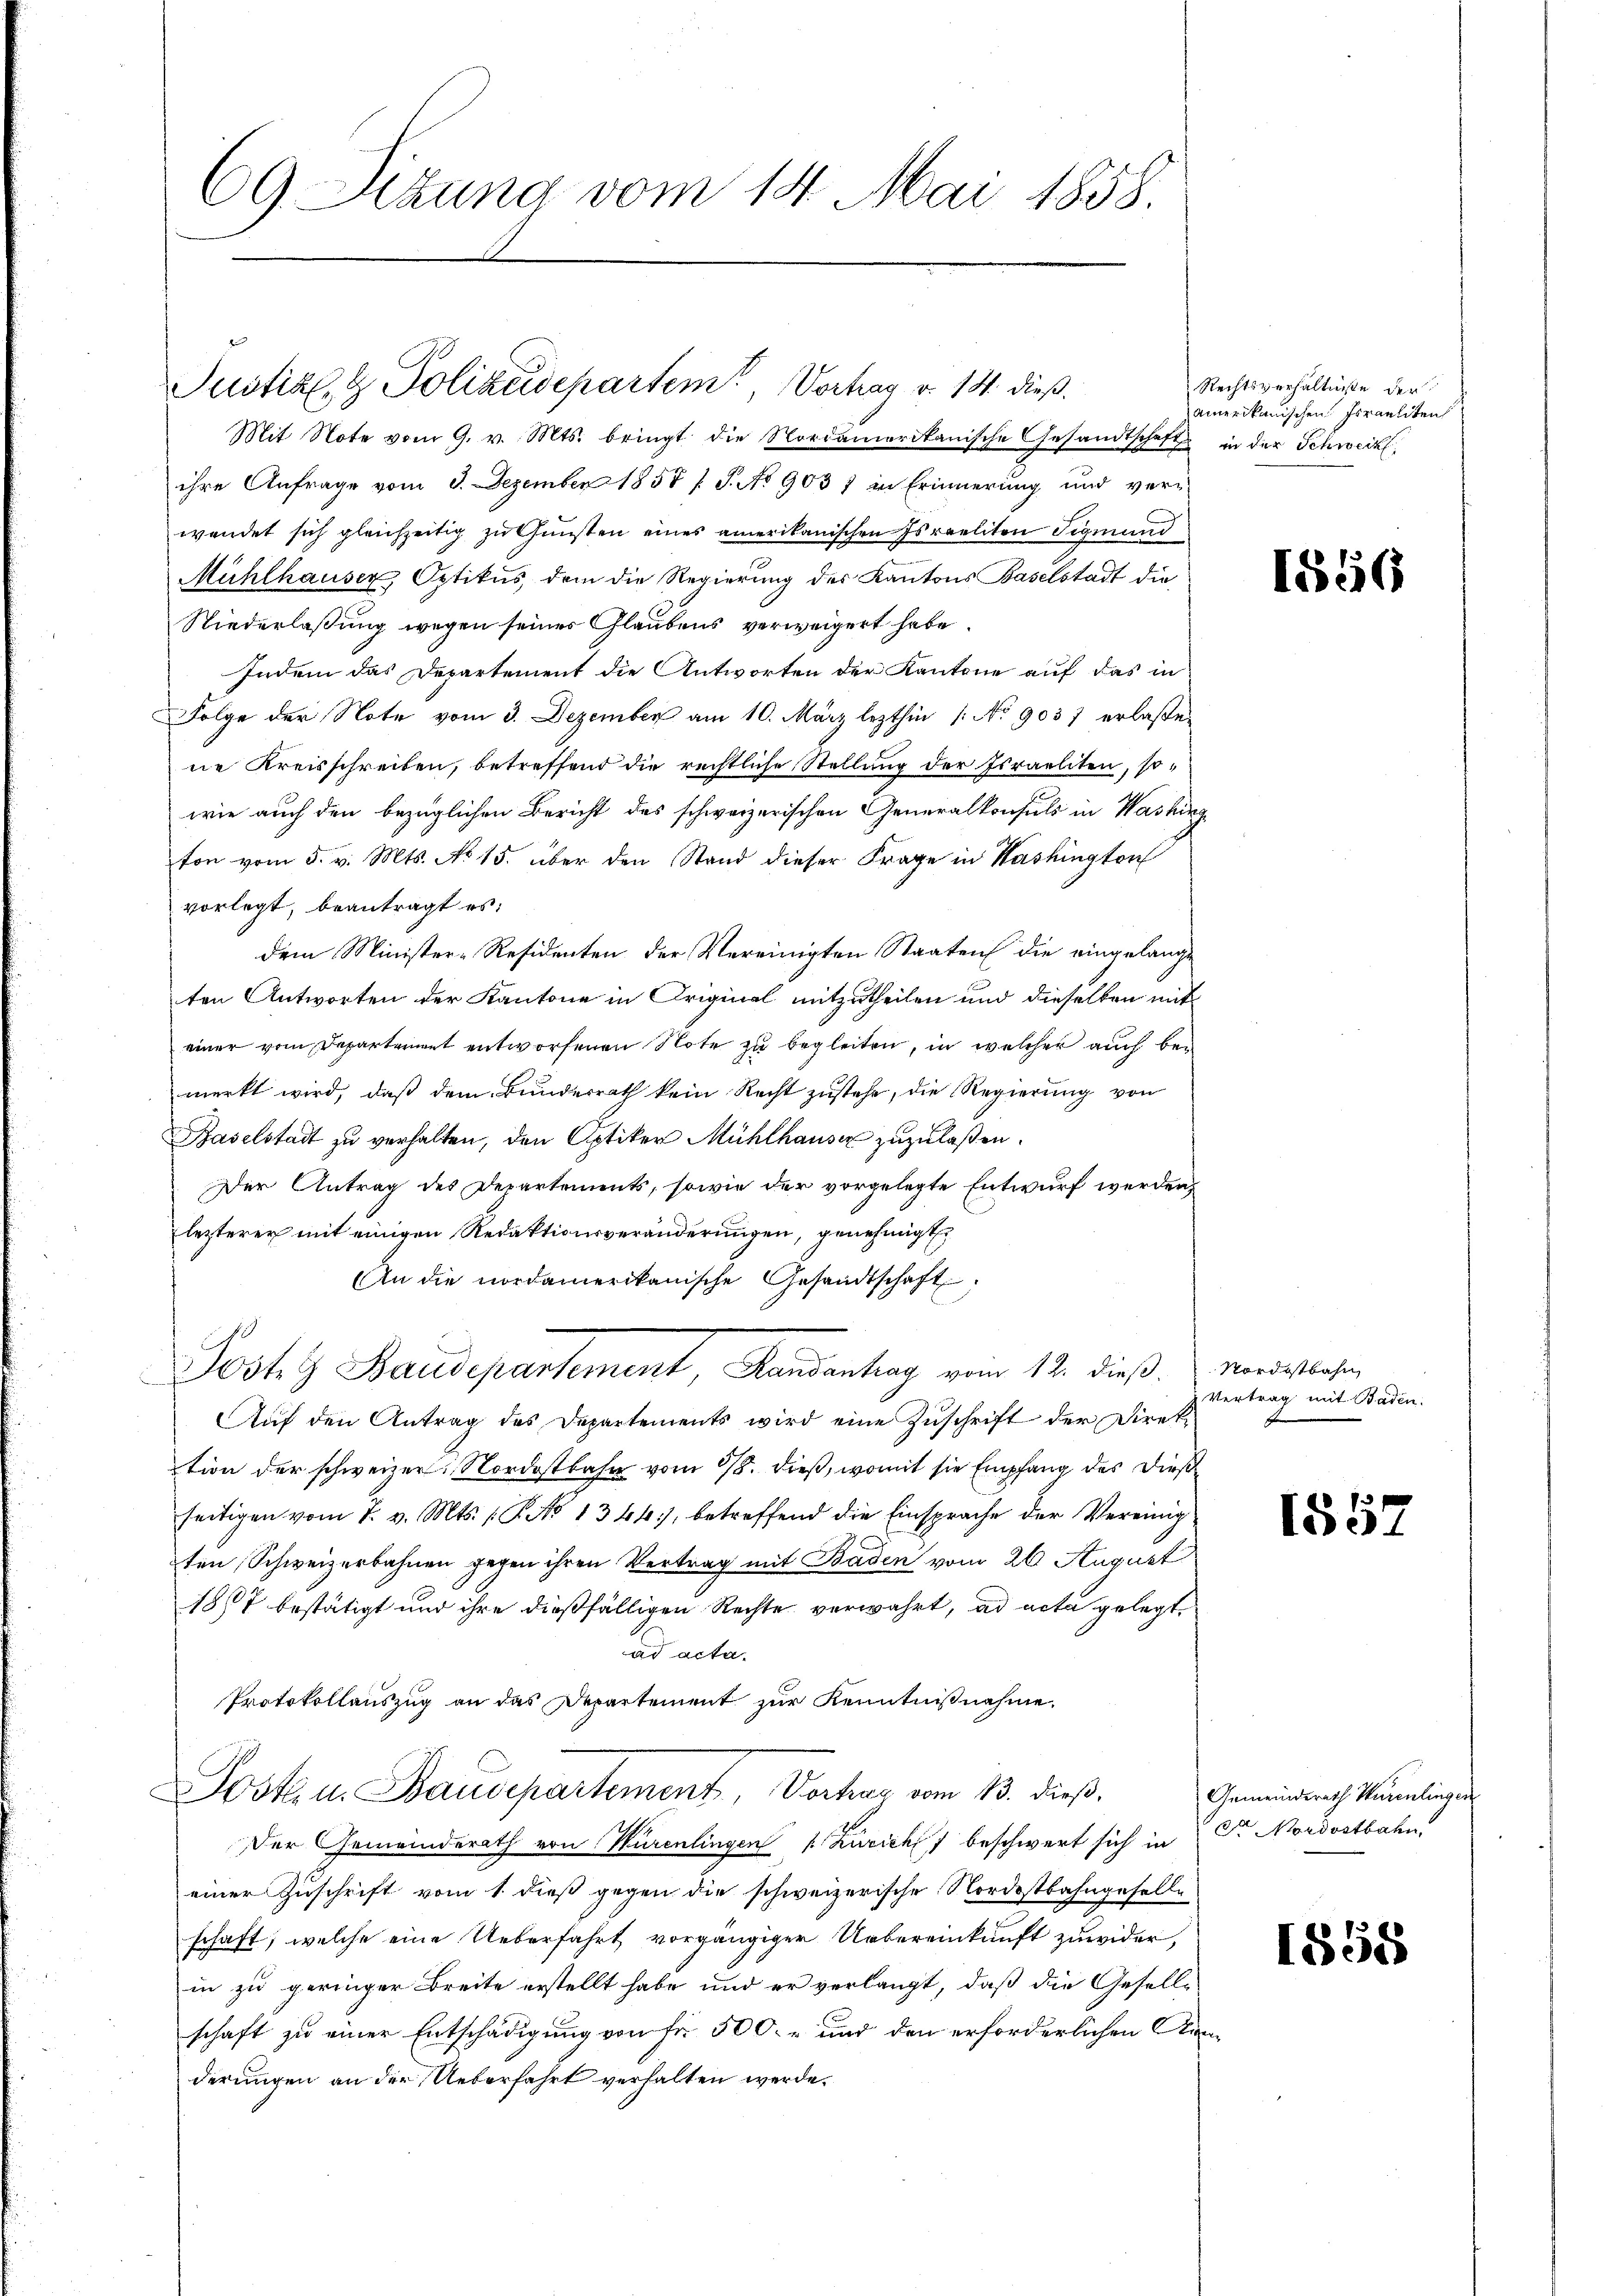
69 Sizung vom 14. Mai 1858.

Justiz- & Polizeidepartem Vortrag v. 14. dieß¬

Mit Note vom 9. v. Mts. bringt die Nordamerikanische Gesandtschaft in der Schweik
ihre Anfrage vom 3. Dezember 1857 s. S. No 9037 in Erinnerung und ver-
wendet sich gleichzeitig zu Gunsten eines amerikanischen Israeliten Sigmund
Mühlhauser, Optikus, dem die Regierung des Kantons Baselstadt die
Niederlaßung wegen seines Glaubens verweigert habe.
Indem das Departement die Antworten der Kantone auf das in
Folge der Note vom 3. Dezember am 10. März lezthin 1 No 9057 erlaße
ne Kreisschreiben, betreffend die rechtliche Stellung der Israeliten, sowie auch den bezüglichen Bericht des schweizerischen Generalkonsuls in Washing
ton vom 5. v. Mts. No 15. über den Stand dieser Frage in Washington
vorlegt, beantragt es:
dem Minister-Residenten der Vereinigten Staaten die eingelange
ten Antworten der Kantone in Original mitzutheilen und dieselben mit
einer vom Departeriert entworfenen Note zu begleiten, in welcher auch bei
merkt wird, daß dem Bundesrath kein Recht zŭstehe, die Regierŭng von
Baselstadt zu verhalten, den Optiker Mühlhauser zuzulaßen.
Der Antrag des Departements, sowie der vorgelegte Entwurf werden,
lezterer mit einigen Redaktionsveränderungen, genehmigt
An die nordamerikanische Gesandtschaft,
Posten Baudepartement, Handenhag vom 12. dieβ.  Nordostbahn
Auf den Antrag des Departements wird eine Zuschrift der Direktion der schweizer. Nordostbahn vom 18. dieß, womit sie Empfang des Dieß
seitigen vom 7. v. Mts. (T. No 1344), betreffend die Einsprache der Vereinig
ten Schweizerbahnen gegen ihren Vertrag mit Baden vom 26. August
1867 bestätigt und ihre dießfälligen Rechte verwahrt, ad acta gelegt,
ad acta.
Protokollauszug an das Departement zur Kenntnißnahme,
Post u. Baudepartement, Vortrag vom 13. dieß,
Der Gemeinderath von Kurentingen 1. Züricht beschwert sich in Sr. Mordostbahn
einer Zuschrift vom 1. dieß gegen die schweizerische Nordostbahngeselle
schaft, welche eine Ueberfahrt vorgängiger Uebereinkunft zuwider,
in zu geringer Breite erstellt habe und er verlangt, daß die Gesell-
schaft zu einer Entschädigung von fr. 500. r und den erforderlichen Kanderungen an der Ueberfahrt verhalten werde.

Rechtsverhältnisse der
amerikanischen Israeliten

1856

Vertrag mit Baden.

1557

Gemeindsrath Hurenlingen

1858